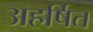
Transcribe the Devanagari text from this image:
अहर्षित